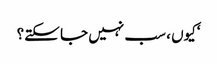
‘کیوں ، سب نہیں جا سکتے؟